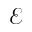
\mathcal { E }